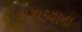
ભગાડવાના